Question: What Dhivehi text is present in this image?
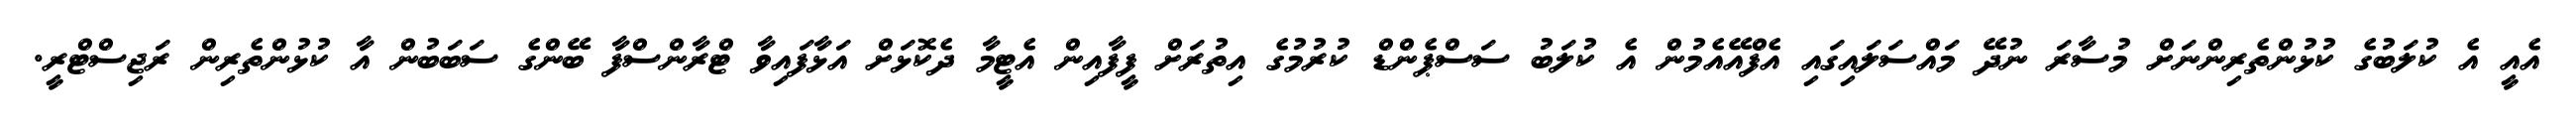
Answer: އެއީ އެ ކުލަބުގެ ކުޅުންތެރިންނަށް މުސާރަ ނުދޭ މައްސަލައިގައި އެފްއޭއެމުން އެ ކުލަބު ސަސްޕެންޑް ކުރުމުގެ އިތުރަށް ފީފާއިން އެޓީމާ ދެކޮޅަށް އަޅާފައިވާ ޓްރާންސްފާ ބޭންގެ ސަބަބުން އާ ކުޅުންތެރިން ރަޖިސްޓްރީ.